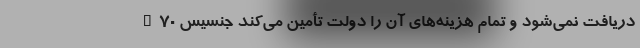
دریافت نمی‌شود و تمام هزینه‌های آن را دولت تأمین می‌کند جنسیس G70